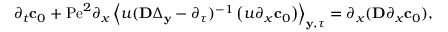
\begin{array} { r l } & { \partial _ { t } \mathbf { c } _ { 0 } + \mathrm { P e } ^ { 2 } \partial _ { x } \left\langle u ( \mathbf { D } \Delta _ { \mathbf { y } } - \partial _ { \tau } ) ^ { - 1 } \left( u \partial _ { x } \mathbf { c } _ { 0 } \right) \right\rangle _ { \mathbf { y } , \tau } = \partial _ { x } ( \mathbf { D } \partial _ { x } \mathbf { c } _ { 0 } ) , } \end{array}